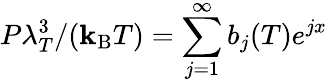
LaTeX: P\lambda_{T}^{3}/(\mathbf{k}_{\mathrm{{B}}}T)=\sum_{j=1}^{\infty}b_{j}(T)e^{jx}